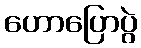
ဟောပြောပွဲ